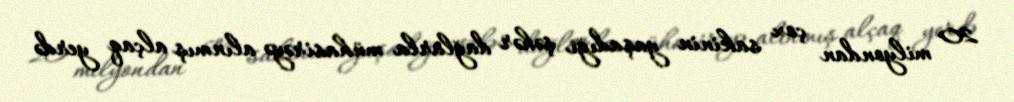
20 milyondan çox sakinin yaşadığı şəhər dağlarla mühasirəyə alınmış alçaq yerdə